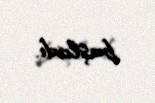
başladı.